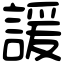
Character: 諼